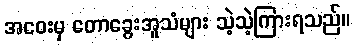
အဝေးမှ တောခွေးအူသံများ သဲ့သဲ့ကြားရသည်။